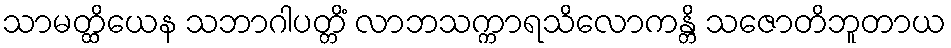
သာမတ္ထိယေန သဘာဂါပတ္တိံ လာဘသက္ကာရသိလောကန္တိ သဇောတိဘူတာယ